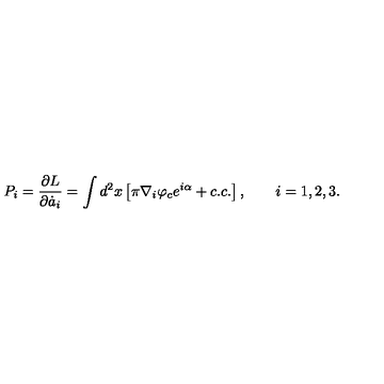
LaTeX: P _ { i } = \frac { \partial L } { \partial \dot { a } _ { i } } = \int d ^ { 2 } x \left[ \pi \nabla _ { i } \varphi _ { c } e ^ { i \alpha } + c . c . \right] , \qquad i = 1 , 2 , 3 .